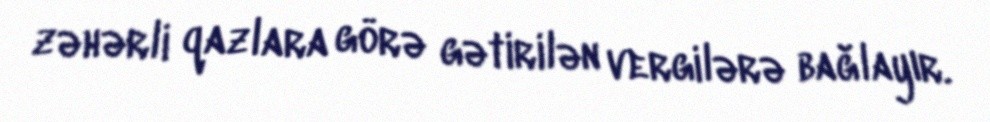
zəhərli qazlara görə gətirilən vergilərə bağlayır.